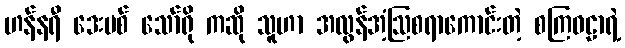
ဟန်နရီ ဒေးဗစ် သော်ရို ကဆို သူဟာ အလွန်အံ့ဩစရာကောင်းတဲ့ စကြဝဠာရဲ့